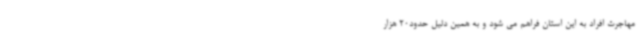
مهاجرت افراد به این استان فراهم می شود و به همین دلیل حدود20 هزار